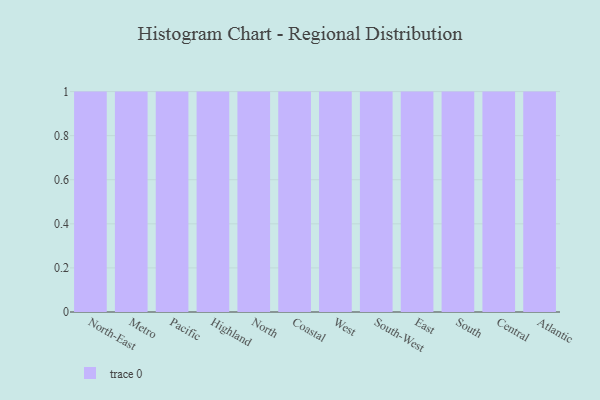
{"axis": {"x": "Region", "y": "Backlog"}, "legend": [""], "data": [{"x": "North-East", "y": 64, "type": ""}, {"x": "Metro", "y": 32, "type": ""}, {"x": "Pacific", "y": 20, "type": ""}, {"x": "Highland", "y": 63, "type": ""}, {"x": "North", "y": 71, "type": ""}, {"x": "Coastal", "y": 67, "type": ""}, {"x": "West", "y": 26, "type": ""}, {"x": "South-West", "y": 66, "type": ""}, {"x": "East", "y": 37, "type": ""}, {"x": "South", "y": 74, "type": ""}, {"x": "Central", "y": 89, "type": ""}, {"x": "Atlantic", "y": 28, "type": ""}]}